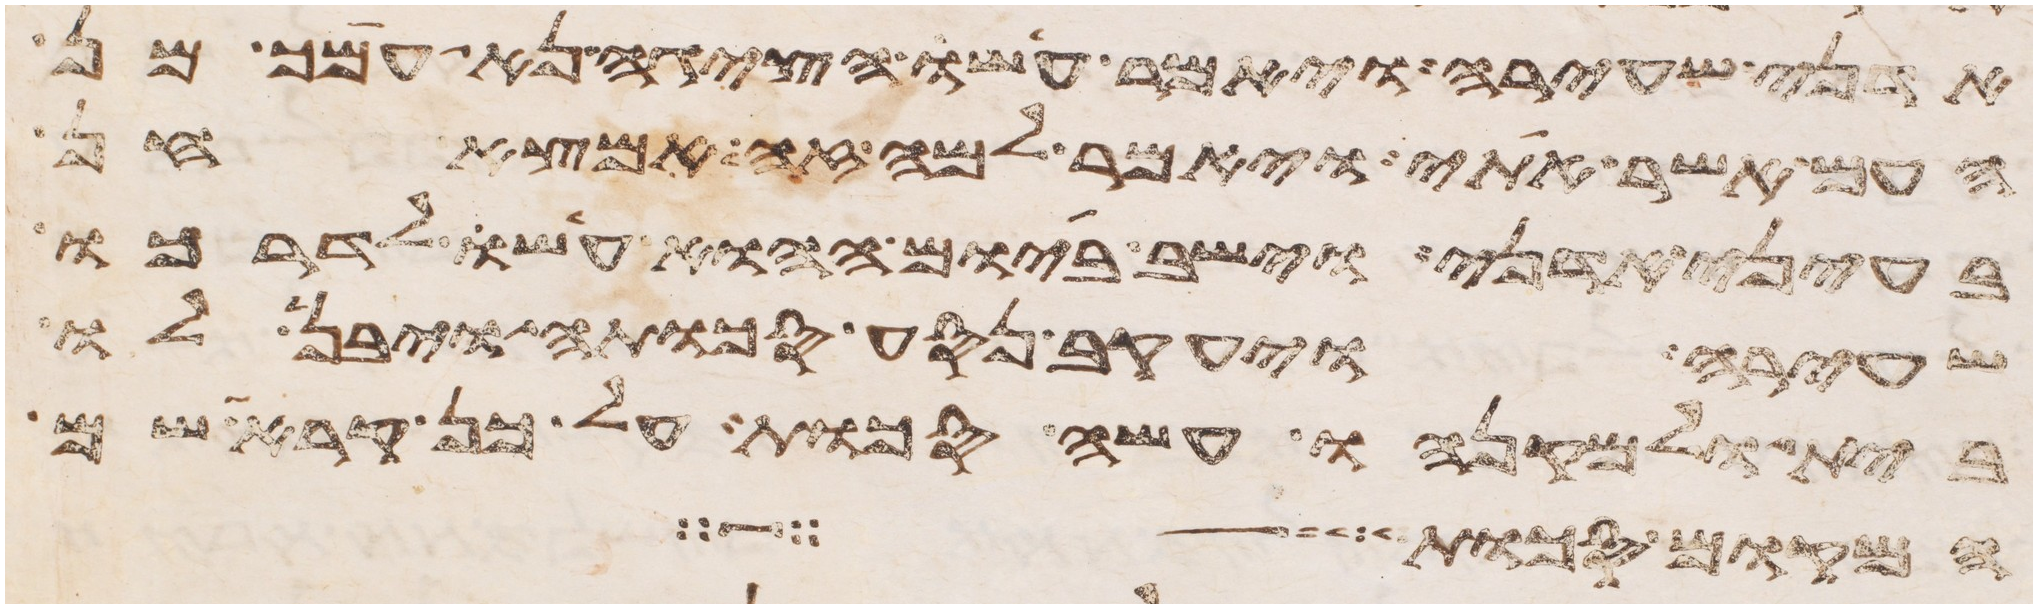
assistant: אדני שעירה ויאמר עשו אציגה נא עמך מן
העם אשר אתי ויאמר למה זה אמצא חן
בעיני אדני וישב ביום ההוא עשו לדרכו
שעירה ויעקב נסע סכותה ויבן לו
בית ולמקנהו עשה סכות על כן קרא שם
המקום סכות